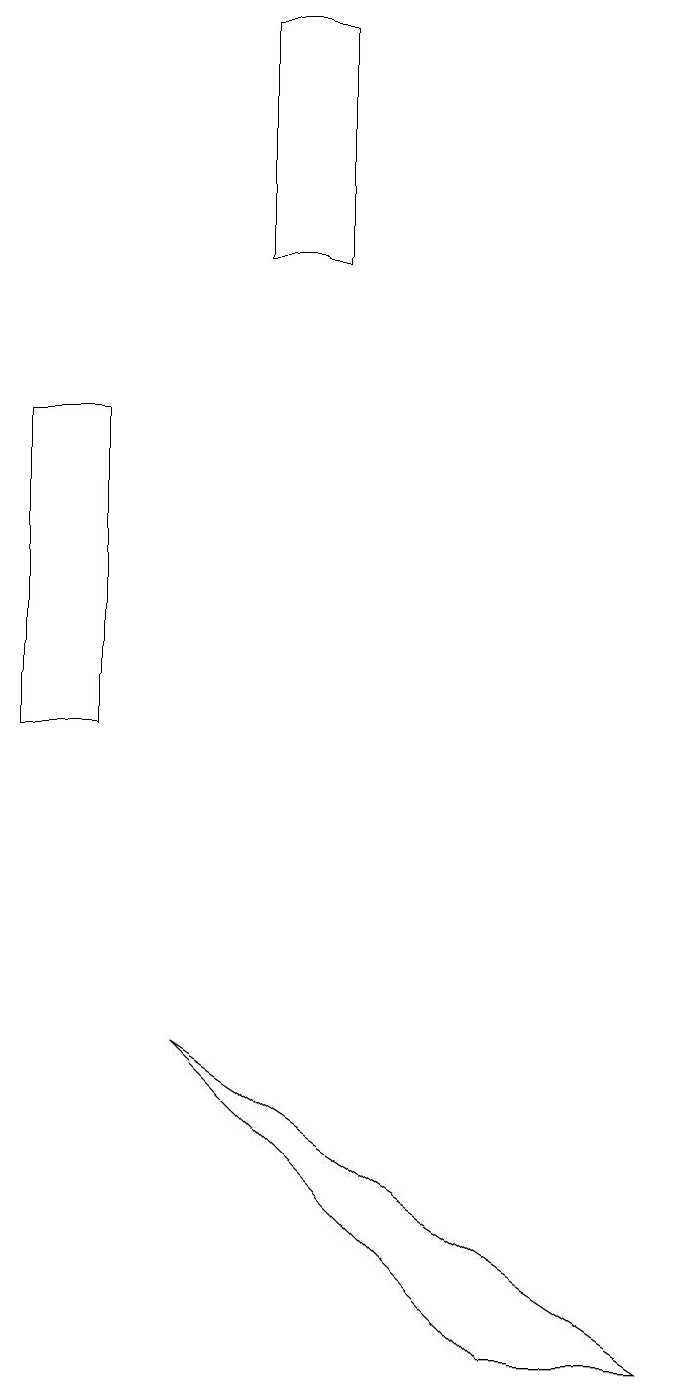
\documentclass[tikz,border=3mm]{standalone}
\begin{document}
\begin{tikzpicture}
\draw (2,10) rectangle (1,14);
\draw (3,6) -- (7,2) -- (9,2) -- cycle;
\draw (4,16) rectangle (5,19);
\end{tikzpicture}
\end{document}